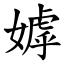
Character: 嫭